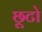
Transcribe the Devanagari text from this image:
छूटो